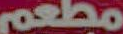
مطعم